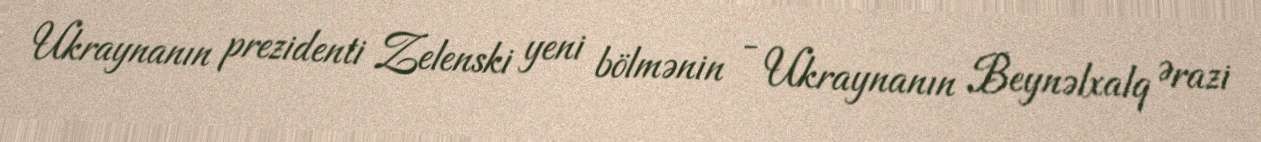
Ukraynanın prezidenti Zelenski yeni bölmənin - Ukraynanın Beynəlxalq Ərazi